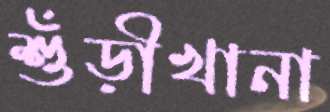
শুঁড়ীখানা